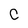
Character: C